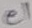
Text: e1